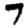
Digit: 7